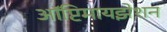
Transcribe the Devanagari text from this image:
ऑप्टिमायझेशन